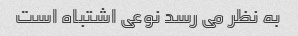
به نظر می رسد نوعی اشتباه است